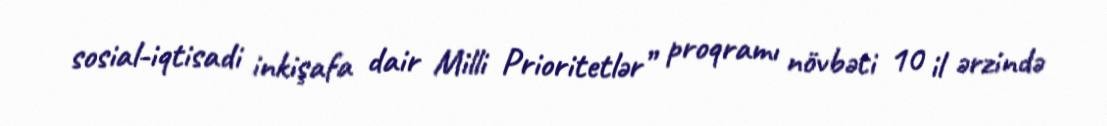
sosial-iqtisadi inkişafa dair Milli Prioritetlər” proqramı növbəti 10 il ərzində